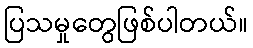
ပြသမှုတွေဖြစ်ပါတယ်။